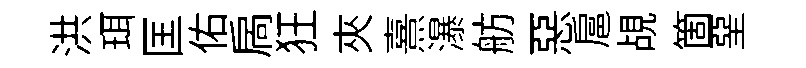
洪珥匡佑扄狂夾熹瀑舫惡扈覘箇堊